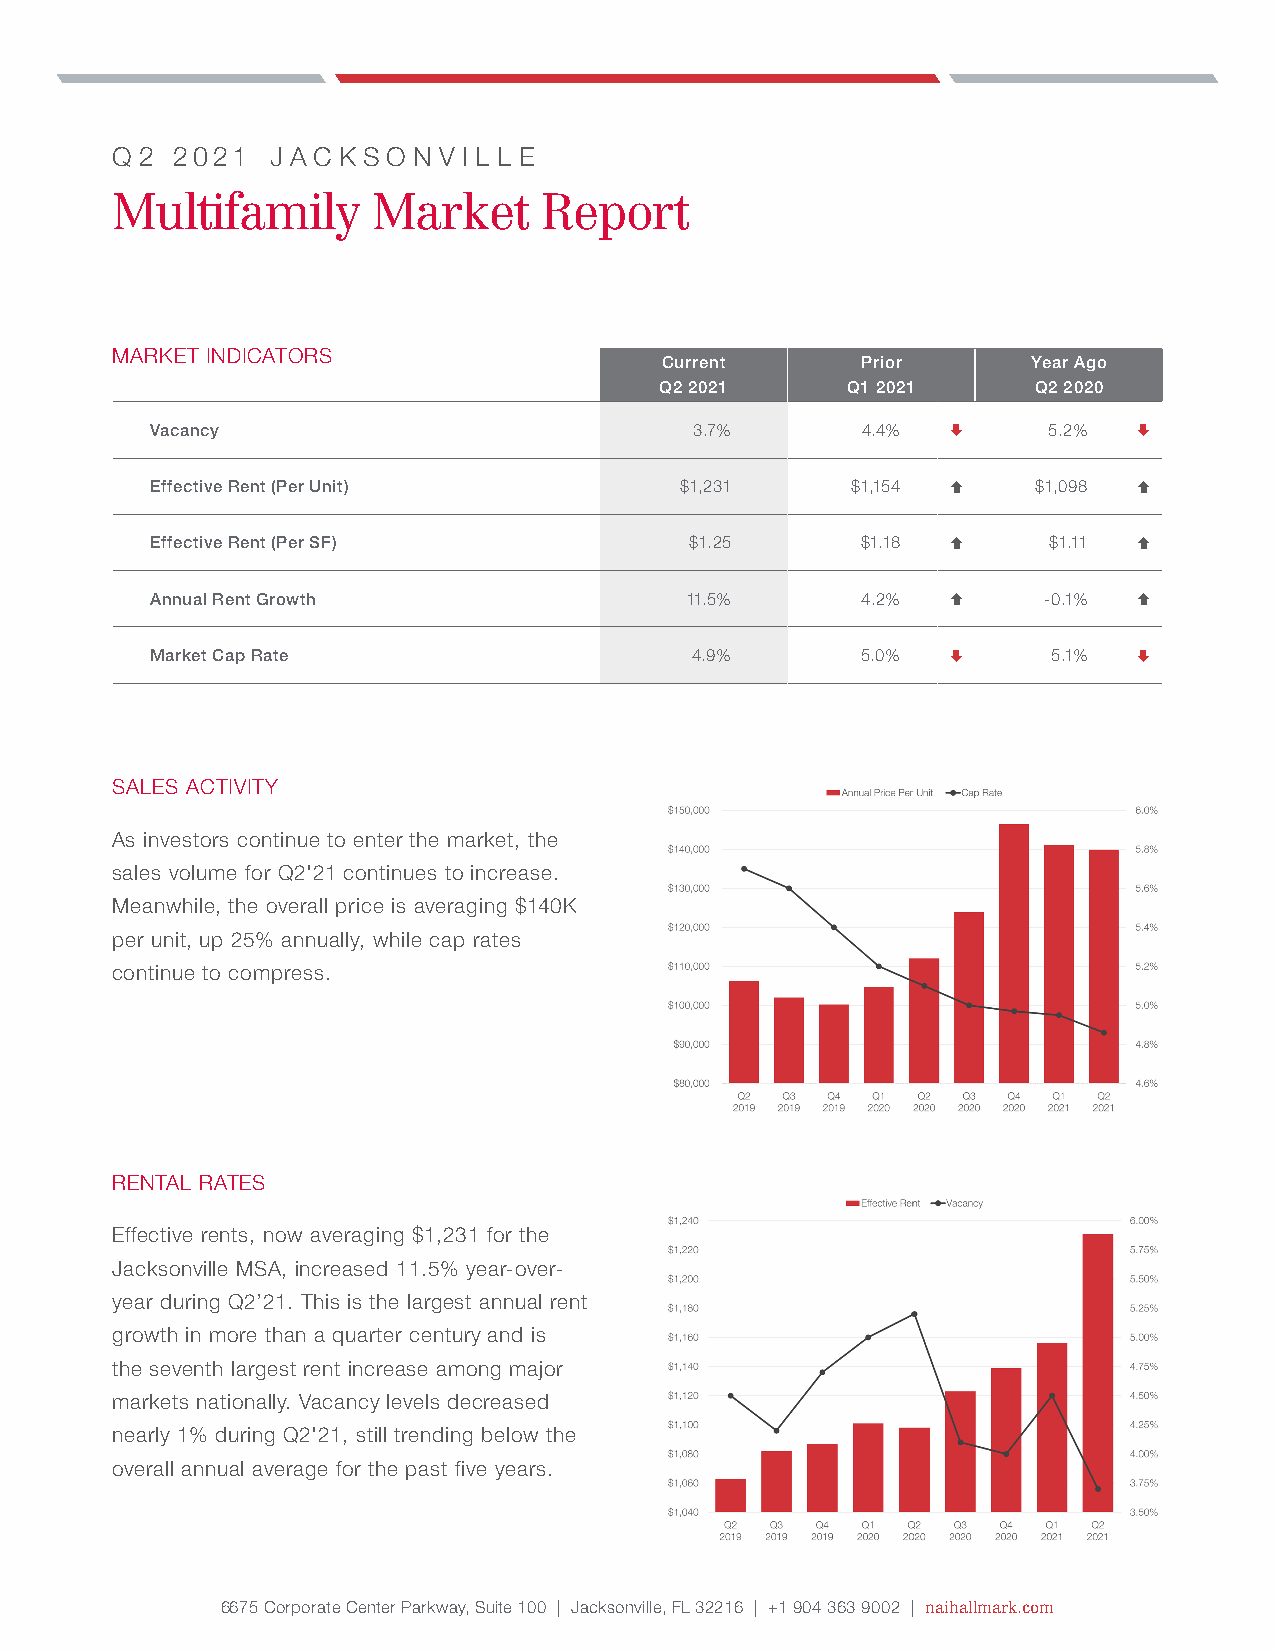
q 2 2021   j a c k s o n v i l l e
 Multifamily       Market     Report
 MARKET INDICATORS
 Current      Prior      Year Ago
 Q2 2021     Q1 2021      Q2 2020
 Vacancy                             3.7%       4.4%       5.2%  
 Effective Rent (Per Unit)          $1,231     $1,154      $1,098 
 Effective Rent (Per SF)             $1.25      $1.18      $1.11 
 Annual Rent Growth                 11.5%       4.2%       -0.1% 
 Market Cap Rate                     4.9%       5.0%        5.1% 
 SALES ACTIVITY
 As investors continue to enter the market, the
 sales volume for Q2'21 continues to increase.
 Meanwhile, the overall price is averaging $140K
 per unit, up 25% annually, while cap rates
 continue to compress.
 RENTAL RATES
 Effective rents, now averaging $1,231 for the
 Jacksonville MSA, increased 11.5% year-over-
 year during Q2’21. This is the largest annual rent
 growth in more than a quarter century and is
 the seventh largest rent increase among major
 markets nationally. Vacancy levels decreased
 nearly 1% during Q2'21, still trending below the
 overall annual average for the past five years.
 6675 Corporate Center Parkway, Suite 100 | Jacksonville, FL 32216 | +1 904 363 9002 | naihallmark.com